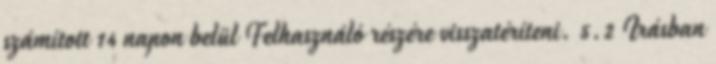
számított 14 napon belül Felhasználó részére visszatéríteni. 5.2 Irásban